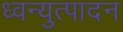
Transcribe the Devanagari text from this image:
ध्वन्युत्पादन